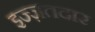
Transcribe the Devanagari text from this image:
इज्ज़तदार